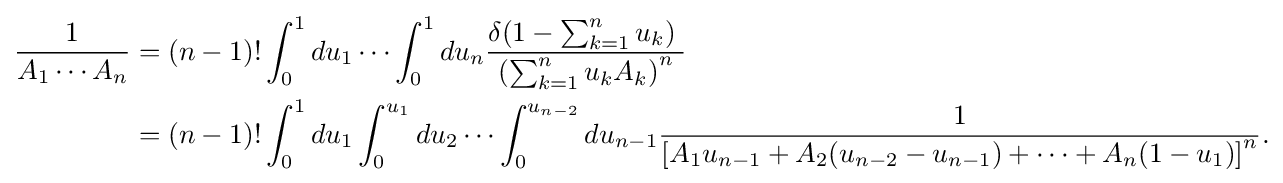
{\begin{aligned}{\frac {1}{A_{1}\cdots A_{n}}}&=(n-1)!\int _{0}^{1}du_{1}\cdots \int _{0}^{1}du_{n}{\frac {\delta (1-\sum _{k=1}^{n}u_{k})\;}{\left(\sum _{k=1}^{n}u_{k}A_{k}\right)^{n}}}\\&=(n-1)!\int _{0}^{1}du_{1}\int _{0}^{u_{1}}du_{2}\cdots \int _{0}^{u_{n-2}}du_{n-1}{\frac {1}{\left[A_{1}u_{n-1}+A_{2}(u_{n-2}-u_{n-1})+\dots +A_{n}(1-u_{1})\right]^{n}}}.\end{aligned}}